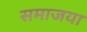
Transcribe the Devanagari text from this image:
समाजया